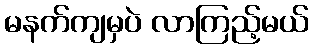
မနက်ကျမှပဲ လာကြည့်မယ်